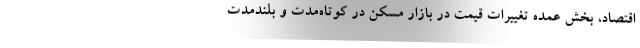
اقتصاد، بخش عمده تغییرات قیمت در بازار مسکن در کوتاه‌مدت و بلندمدت